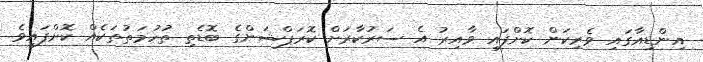
އިންޑިއާގައި ވެރިކަން ކޮށްފައި ވާއިރު އެ ސަރުކާރަށް ކޮރަޕްޝަންގެ ބޮޑެތި ތުހުމަތުތަކެއް ކޮށްފައިވެ